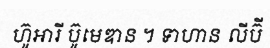
ហ៊ូអារី ប៊ូមេឌាន ។ ទាហាន លីប៊ី